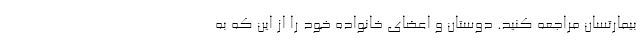
بیمارتسان مراجعه کنید. دوستان و اعضای خانواده خود را از این که به